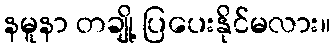
နမူနာ တချို့ ပြပေးနိုင်မလား။